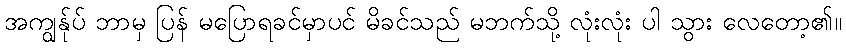
အကျွန်ုပ် ဘာမှ ပြန် မပြောရခင်မှာပင် မိခင်သည် မဘက်သို့ လုံးလုံး ပါ သွား လေတော့၏။